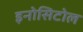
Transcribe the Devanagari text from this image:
इनोसिटोल